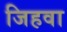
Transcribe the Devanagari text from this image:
जिहवा